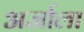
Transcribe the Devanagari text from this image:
अर्जाला